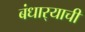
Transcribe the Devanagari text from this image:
बंधार्‍याची